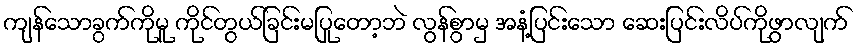
ကျန်သောခွက်ကိုမူ ကိုင်တွယ်ခြင်းမပြုတော့ဘဲ လွန်စွာမှ အနံ့ပြင်းသော ဆေးပြင်းလိပ်ကိုဖွာလျက်